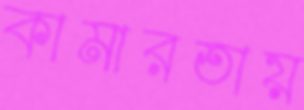
কামারতায়